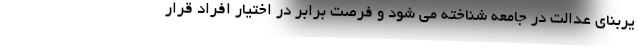
یربنای عدالت در جامعه شناخته می شود و فرصت برابر در اختیار افراد قرار